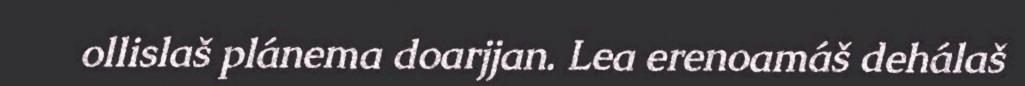
ollislaš plánema doarjjan. Lea erenoamáš dehálaš